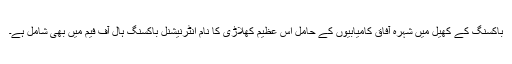
باکسنگ کے کھیل میں شہرہ آفاق کامیابیوں کے حامل اس عظیم کھلاڑی کا نام انٹرنیشنل باکسنگ ہال آف فیم میں بھی شامل ہے۔